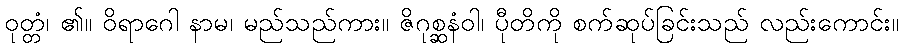
ဝုတ္တံ၊ ၏။ ဝိရာဂေါ နာမ၊ မည်သည်ကား။ ဇိဂုစ္ဆနံဝါ၊ ပီုတိကို စက်ဆုပ်ခြင်းသည် လည်းကောင်း။